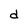
Character: d